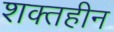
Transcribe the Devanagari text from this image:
शक्तहीन